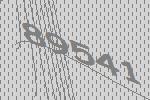
89541